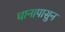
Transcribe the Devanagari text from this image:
धानापासुन